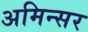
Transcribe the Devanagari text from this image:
अमिन्सर